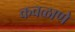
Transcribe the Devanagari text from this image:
कवळाणे